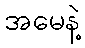
အမေနဲ့